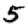
Digit: 5